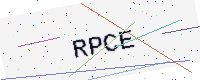
Text: RPCE